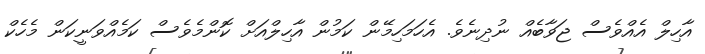
އާހިލް އެއްވެސް ޖަވާބެއް ނުދިނެވެ. އެހަމަހިމޭން ކަމުން އާހިލްއަށް ކޮންމެވެސް ކަމެއްވަނީކަން މެހެކް